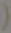
(